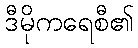
ဒီမိုကရေစီ၏